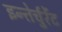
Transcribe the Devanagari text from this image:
इन्तेर्चुर्रेंट